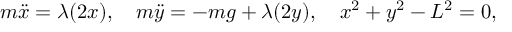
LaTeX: m { \ddot { x } } = \lambda ( 2 x ) , \quad m { \ddot { y } } = - m g + \lambda ( 2 y ) , \quad x ^ { 2 } + y ^ { 2 } - L ^ { 2 } = 0 ,